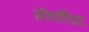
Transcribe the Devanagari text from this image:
मणिकर्णिघाट